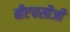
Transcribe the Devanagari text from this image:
बीएचसीजी